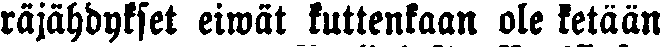
räjähdykset eiwät kuitenkaan ole ketään